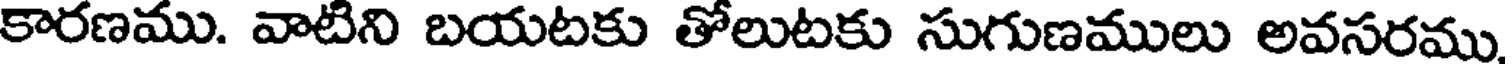
కారణము. వాటిని బయటకు తోలుటకు సుగుణములు అవసరము